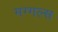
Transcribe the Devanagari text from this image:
मग्गल्स